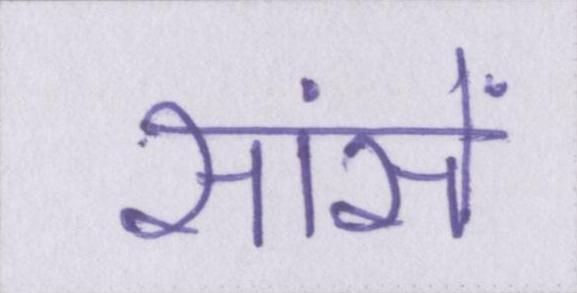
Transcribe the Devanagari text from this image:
सांसें